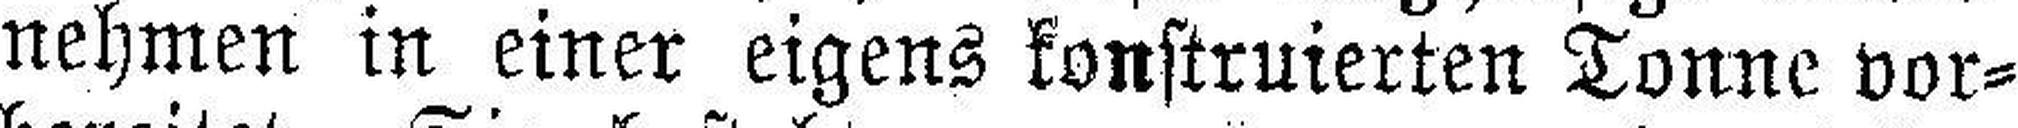
nehmen in einer eigens konstruierten Tonne vor¬